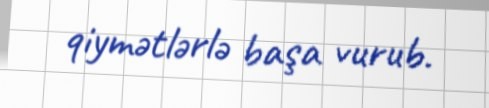
qiymətlərlə başa vurub.